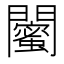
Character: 𨷛